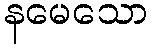
နမေသော